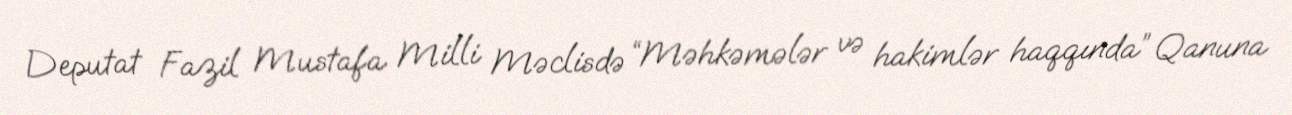
Deputat Fazil Mustafa Milli Məclisdə “Məhkəmələr və hakimlər haqqında” Qanuna